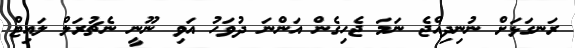
ރަނގަޅަށް ނުނިދިއްޖެ ނަމަ ޖެހިގެން އަންނަ ދުވަހު އަވި ނޫނީ ނެޗުރަލް ލައިޓް